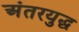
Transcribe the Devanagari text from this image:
अंतरयुद्ध